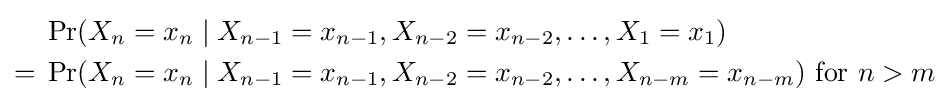
{\begin{aligned}&\Pr(X_{n}=x_{n}\mid X_{n-1}=x_{n-1},X_{n-2}=x_{n-2},\dots ,X_{1}=x_{1})\\={}&\Pr(X_{n}=x_{n}\mid X_{n-1}=x_{n-1},X_{n-2}=x_{n-2},\dots ,X_{n-m}=x_{n-m}){\text{ for }}n>m\end{aligned}}